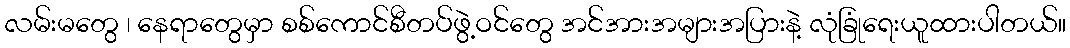
လမ်းမတွေ ၊ နေရာတွေမှာ စစ်ကောင်စီတပ်ဖွဲ့ဝင်တွေ အင်အားအများအပြားနဲ့ လုံခြုံရေးယူထားပါတယ်။